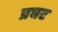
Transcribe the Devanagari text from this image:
प्रघट